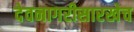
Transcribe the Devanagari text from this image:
देवनागरीसारखेच